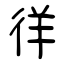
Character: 徉